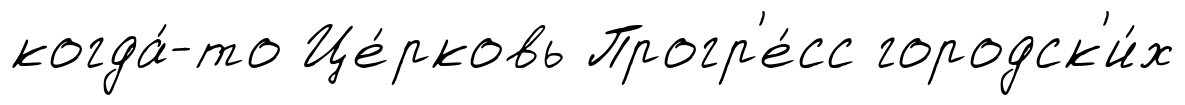
когда́-то Це́рковь Прогр'е́сс городск'и́х